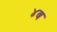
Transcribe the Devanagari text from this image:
४ब